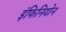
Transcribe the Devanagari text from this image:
इंफिनियोन